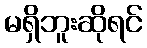
မရှိဘူးဆိုရင်